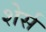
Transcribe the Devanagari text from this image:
शेर्स